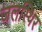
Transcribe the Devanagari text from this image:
जलस्थिर